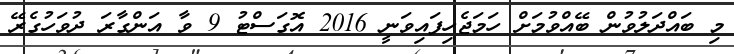
މި ބައްދަލުވުން ބޭއްވުމަށް ހަމަޖެހިފައިވަނީ 2016 އޮގަސްޓު 9 ވާ އަންގާރަ ދުވަހުގެރޭ